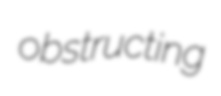
obstructing